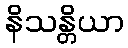
နိသန္တိယာ